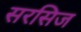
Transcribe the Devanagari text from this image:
सरसिज